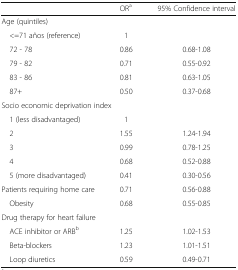
<table><thead><tr><td></td><td><b>OR<sup>a</sup></b></td><td><b>95% Confidence interval</b></td></tr></thead><tbody><tr><td colspan="3">Age (quintiles)</td></tr><tr><td> &lt;=71 años (reference)</td><td>1</td><td></td></tr><tr><td> 72 - 78</td><td>0.86</td><td>0.68-1.08</td></tr><tr><td> 79 - 82</td><td>0.71</td><td>0.55-0.92</td></tr><tr><td> 83 - 86</td><td>0.81</td><td>0.63-1.05</td></tr><tr><td> 87+</td><td>0.50</td><td>0.37-0.68</td></tr><tr><td colspan="3">Socio economic deprivation index</td></tr><tr><td> 1 (less disadvantaged)</td><td>1</td><td></td></tr><tr><td> 2</td><td>1.55</td><td>1.24-1.94</td></tr><tr><td> 3</td><td>0.99</td><td>0.78-1.25</td></tr><tr><td> 4</td><td>0.68</td><td>0.52-0.88</td></tr><tr><td> 5 (more disadvantaged)</td><td>0.41</td><td>0.30-0.56</td></tr><tr><td>Patients requiring home care</td><td>0.71</td><td>0.56-0.88</td></tr><tr><td> Obesity</td><td>0.68</td><td>0.55-0.85</td></tr><tr><td colspan="3">Drug therapy for heart failure</td></tr><tr><td> ACE inhibitor or ARB<sup>b</sup></td><td>1.25</td><td>1.02-1.53</td></tr><tr><td> Beta-blockers</td><td>1.23</td><td>1.01-1.51</td></tr><tr><td> Loop diuretics</td><td>0.59</td><td>0.49-0.71</td></tr></tbody></table>